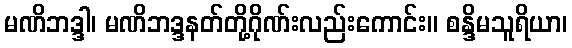
မဏိဘဒ္ဒါ၊ မဏိဘဒ္ဒနတ်တို့ဂိုဏ်းလည်းကောင်း။ စန္ဒိမသူရိယာ၊